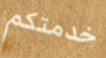
خدمتكم